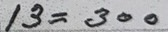
13 = 300